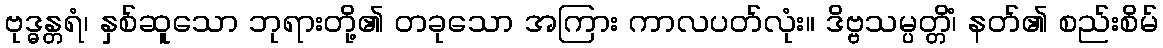
ဗုဒ္ဓန္တရံ၊ နှစ်ဆူသော ဘုရားတို့၏ တခုသော အကြား ကာလပတ်လုံး။ ဒိဗ္ဗသမ္ပတ္တိံ၊ နတ်၏ စည်းစိမ်